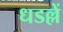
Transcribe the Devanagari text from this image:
धडल्लें